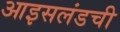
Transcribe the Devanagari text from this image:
आइसलंडची